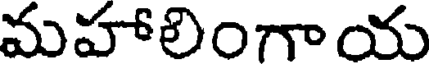
మహాలింగాయ